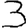
Digit: 3